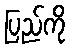
ပြည်ကို